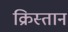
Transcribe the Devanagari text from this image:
क्रिस्तान